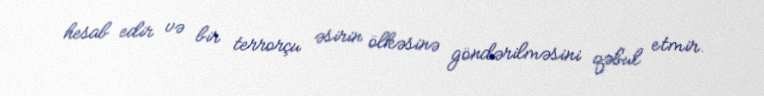
hesab edir və bir terrorçu əsirin ölkəsinə göndərilməsini qəbul etmir.